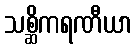
သစ္ဆိကရဏီယာ